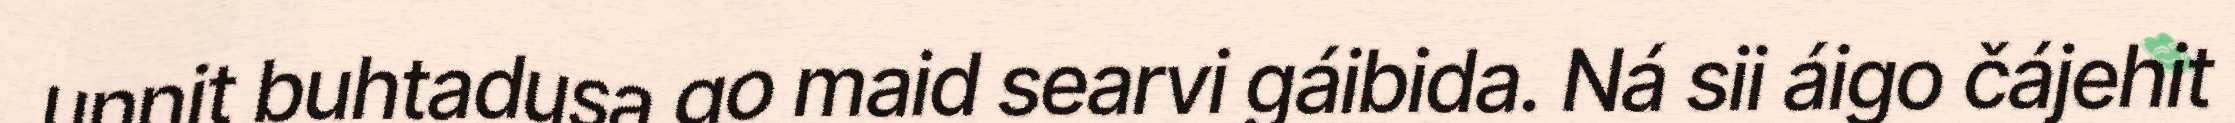
unnit buhtadusa go maid searvi gáibida. Ná sii áigo čájehit